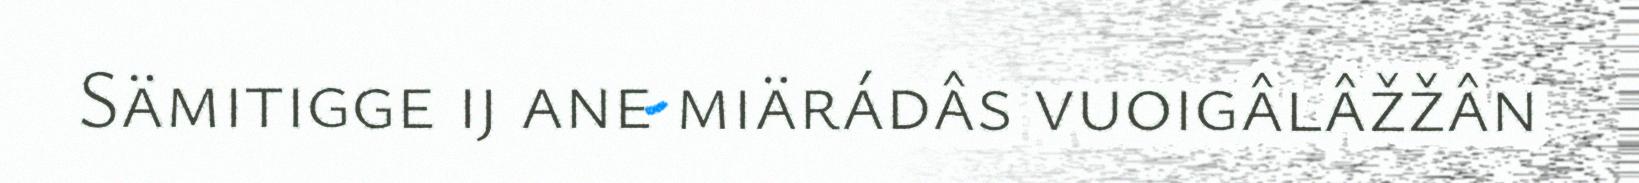
Sämitigge ij ane miärádâs vuoigâlâžžân